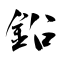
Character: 鉛